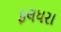
ફલધરા